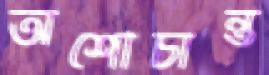
অশৌচান্ত